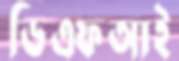
ডিএফআই